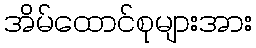
အိမ်ထောင်စုများအား